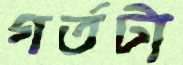
গর্তটা